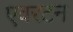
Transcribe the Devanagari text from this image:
एवरटन